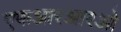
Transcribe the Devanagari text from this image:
एफआरआरओ